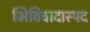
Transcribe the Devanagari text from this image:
भिविवादास्पद